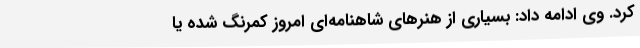
کرد. وی ادامه داد: بسیاری از هنرهای شاهنامه‌ای امروز کمرنگ شده یا